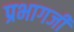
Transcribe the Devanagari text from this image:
प्रभागजी